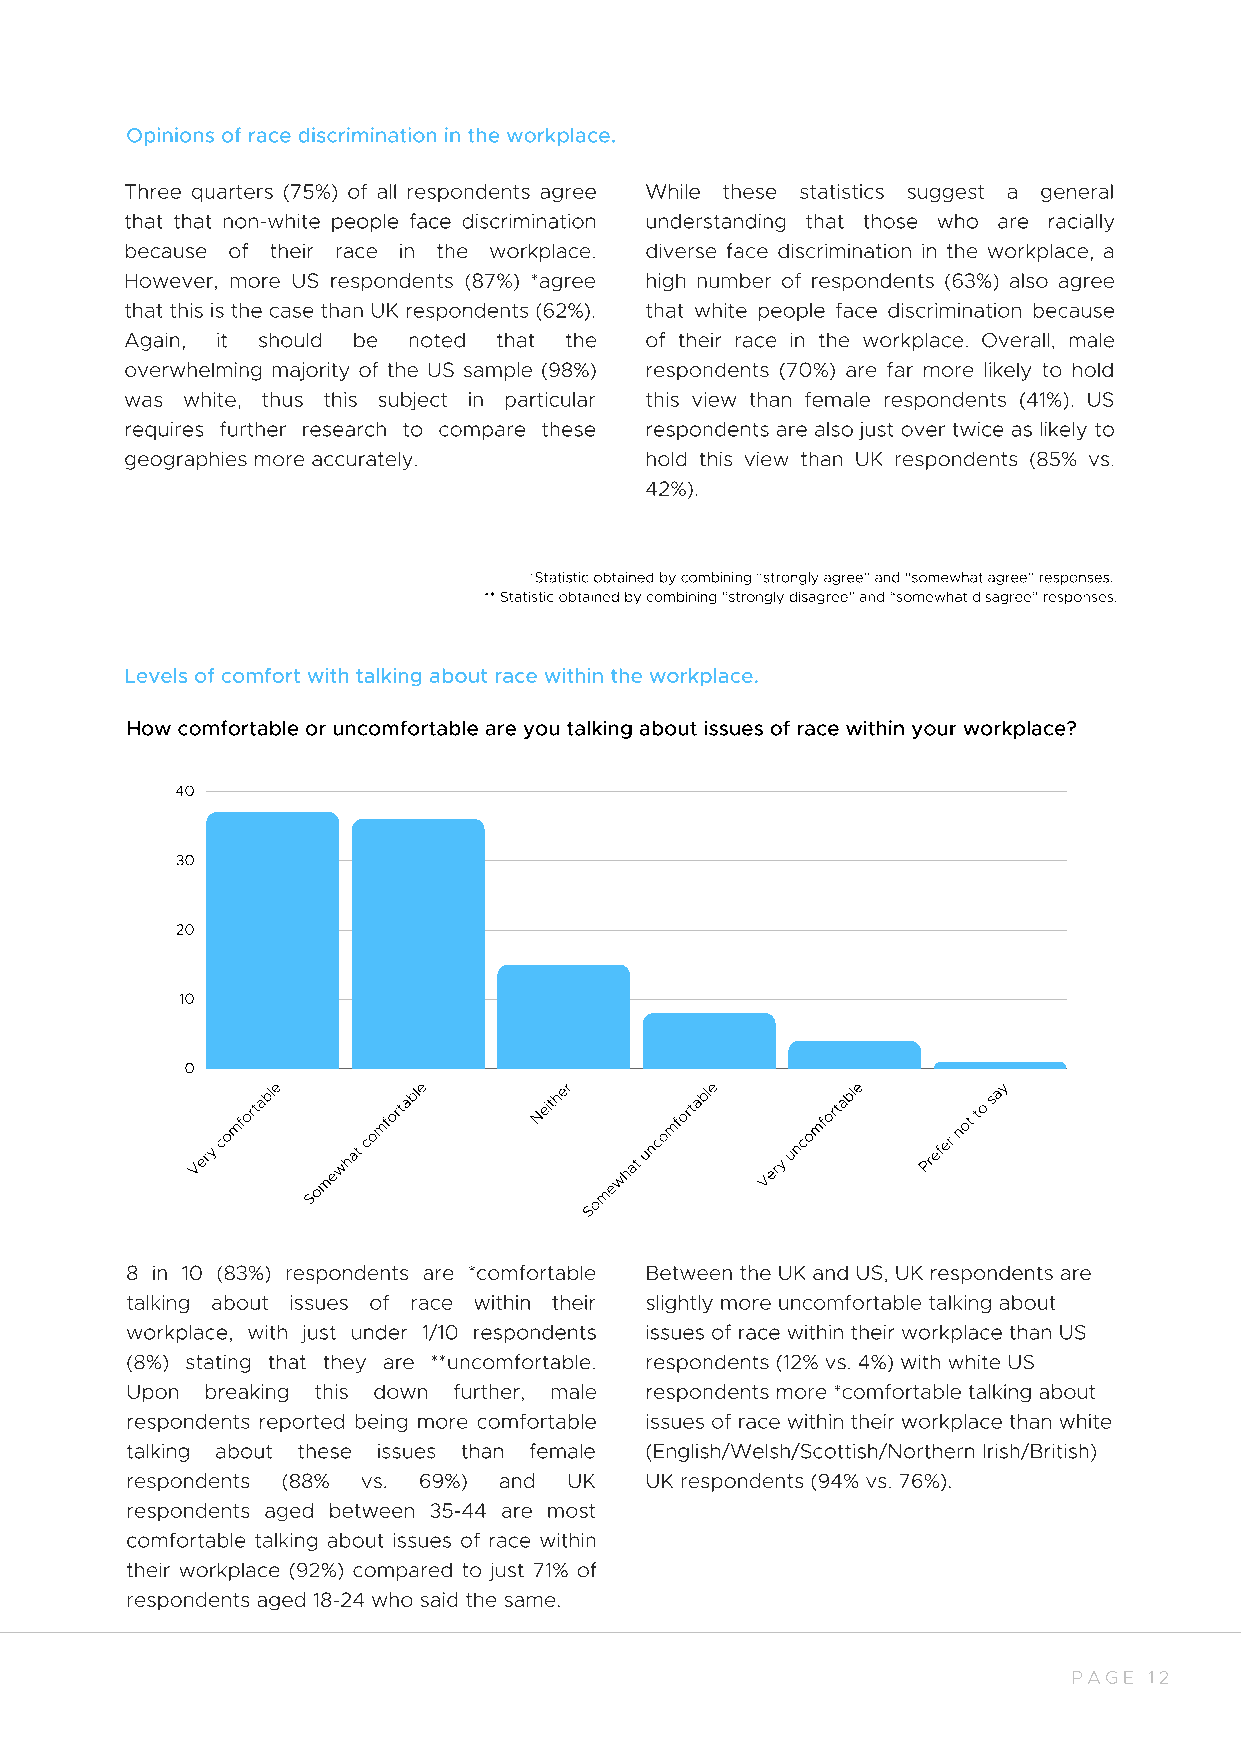
Opinions of race discrimination in the workplace.
 Three quarters (75%) of all respondents agree While these statistics suggest a general
 that that non-white people face discrimination understanding that those who are racially
 because of their race in the workplace. diverse face discrimination in the workplace, a
 However, more US respondents (87%) *agree high number of respondents (63%) also agree
 that this is the case than UK respondents (62%). that white people face discrimination because
 Again, it should be noted that the of their race in the workplace. Overall, male
 overwhelming majority of the US sample (98%) respondents (70%) are far more likely to hold
 was white, thus this subject in particular this view than female respondents (41%). US
 requires further research to compare these respondents are also just over twice as likely to
 geographies more accurately.       hold this view than UK respondents (85% vs.
 42%).
 *Statistic obtained by combining “strongly agree” and “somewhat agree” responses.
 ** Statistic obtained by combining “strongly disagree” and “somewhat disagree” responses.
 Levels of comfort with talking about race within the workplace.
 How comfortable or uncomfortable are you talking about issues of race within your workplace?
 40
 30
 20
 10
 0
 Very
 comfortable
 Somewhat
 comfortable Neither
 omewhat
 uncomfortable
 Very
 uncomfortable
 Prefer
 not
 to
 say
 S
 8 in 10 (83%) respondents are *comfortable Between the UK and US, UK respondents are
 talking about issues of race within their slightly more uncomfortable talking about
 workplace, with just under 1/10 respondents issues of race within their workplace than US
 (8%) stating that they are **uncomfortable. respondents (12% vs. 4%) with white US
 Upon  breaking this down further, male respondents more *comfortable talking about
 respondents reported being more comfortable issues of race within their workplace than white
 talking about these issues than female (English/Welsh/Scottish/Northern Irish/British)
 respondents (88% vs. 69%) and UK   UK respondents (94% vs. 76%).
 respondents aged between 35-44 are most
 comfortable talking about issues of race within
 their workplace (92%) compared to just 71% of
 respondents aged 18-24 who said the same.
 PAGE 12